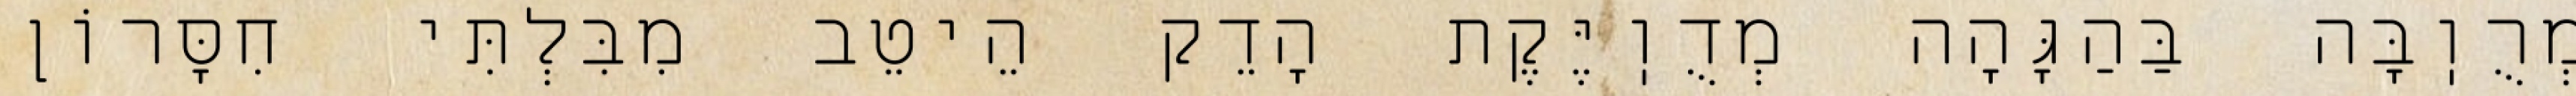
מְרֻוֽבָּה בַּהַגָּהָה מְדֻוֽיֶּקֶת הָדֵק הֵיטֵב מִבִּלְתִּי חִסָּרוֹן